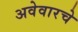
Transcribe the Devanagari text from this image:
अवेवारचे